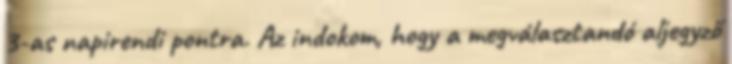
3-as napirendi pontra. Az indokom, hogy a megválasztandó aljegyző